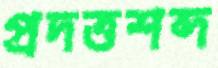
প্রদত্তশব্দ